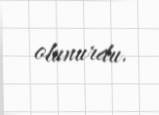
olunurdu.